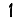
Digit: 1